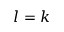
l = k